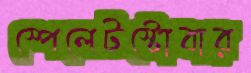
স্পেলেটস্টোবার